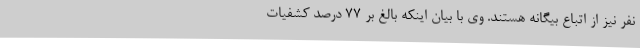
نفر نیز از اتباع بیگانه هستند. وی با بیان اینکه بالغ بر ۷۷ درصد کشفیات